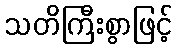
သတိကြီးစွာဖြင့်